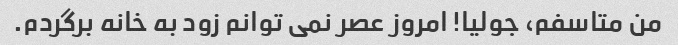
من متاسفم، جولیا! امروز عصر نمی توانم زود به خانه برگردم.